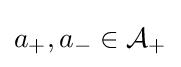
a_{+},a_{-}\in {\mathcal {A}}_{+}